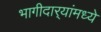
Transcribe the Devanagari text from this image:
भागीदार्‍यांमध्ये